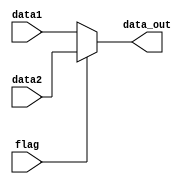
module MUX_2
#(parameter N = 32) 
(input [N - 1: 0] data1, data2, input flag, output [N - 1: 0] data_out);

	assign data_out = (flag == 0) ? data1 : data2;

endmodule